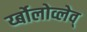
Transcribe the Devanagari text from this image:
र्य्बोलोव्लेव्